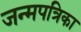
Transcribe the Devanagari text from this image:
जन्मपत्रिका